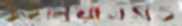
উইলিয়ামসও